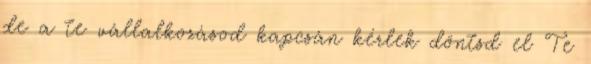
de a te vállalkozásod kapcsán kérlek döntsd el Te